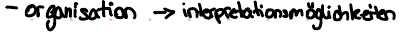
- organisation -> interpretationsmöglichkeiten